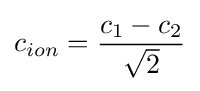
c_{ion}={\frac {c_{1}-c_{2}}{\sqrt {2}}}